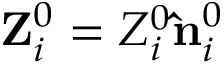
{ \bf Z } _ { i } ^ { 0 } = Z _ { i } ^ { 0 } { \bf { \hat { n } } } _ { i } ^ { 0 }